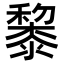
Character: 𥣥